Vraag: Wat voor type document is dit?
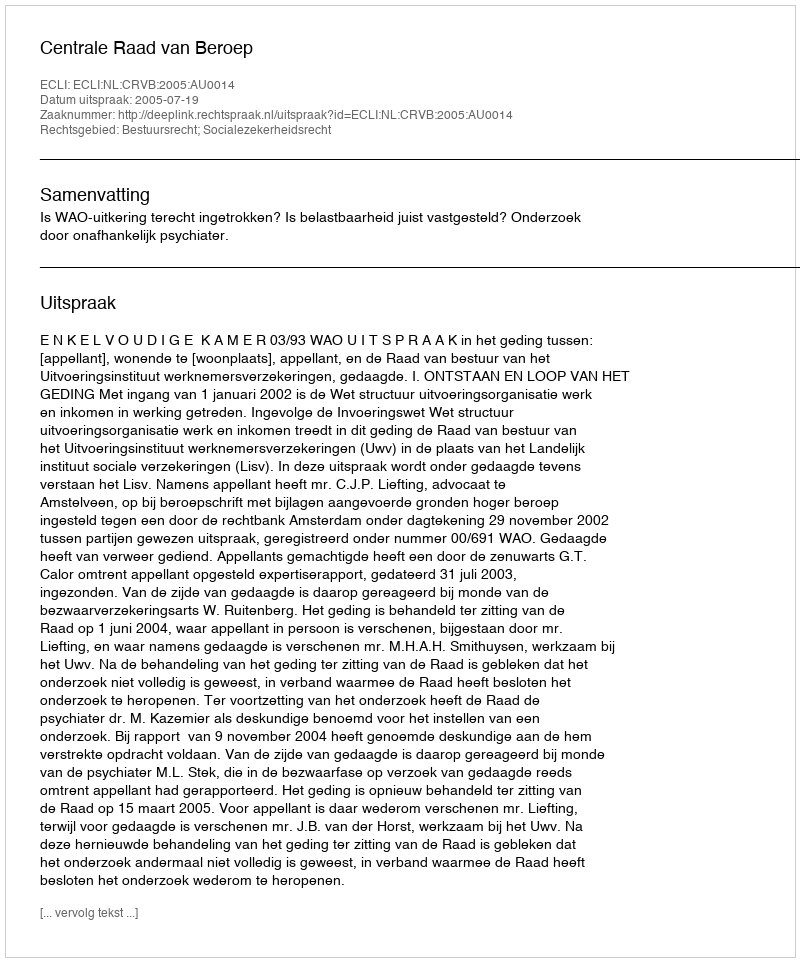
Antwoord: Uitspraak